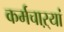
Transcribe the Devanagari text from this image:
कर्मचाऱ्यां